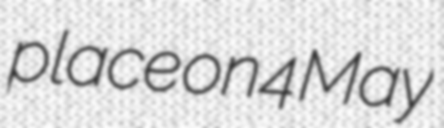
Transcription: place on 4 May